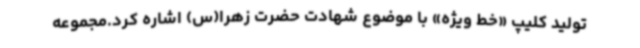
تولید کلیپ «خط ویژه» با موضوع شهادت حضرت زهرا(س) اشاره کرد.مجموعه